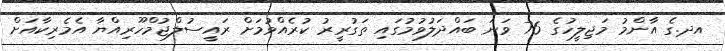
އދ.ގެ އާންމު މަޖިލީހުގެ 76 ވަނަ ބައްދަލުވުމުގައި ތަގުރީރު ކުރެއްވުމަށް ރައީސުލްޖުމްހޫރިއްޔާ އެމެރިކާއަށް